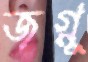
জগ্নু